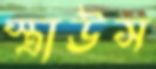
স্ত্রাউস